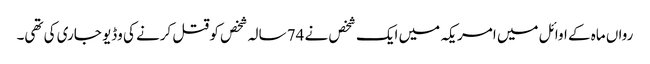
رواں ماہ کے اوائل میں امریکہ میں ایک شخص نے 74 سالہ شخص کو قتل کرنے کی وڈیو جاری کی تھی۔